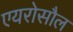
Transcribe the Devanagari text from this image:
एयरोसौल